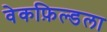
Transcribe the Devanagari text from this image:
वेकफ़िल्डला